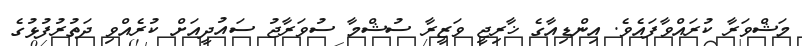
މަޝްވަރާ ކުރައްވާފައެވެ. އިންޑިއާގެ ޚާރިޖީ ވަޒީރާ ސުޝްމާ ސުވަރާޖު ސައުދީއަށް ކުރެއްވި ދަތުރުފުޅުގެ